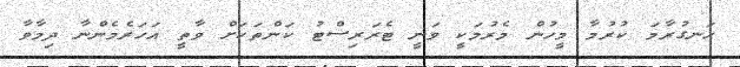
ހަނގުރާމަ ކުރުމާ މީހުން މެރުމަކީ ވަނީ ޓެރަރިސްޓު ކަންތަކަށް ވާތީ އަހަރެމެންނާ ދިމާވާ